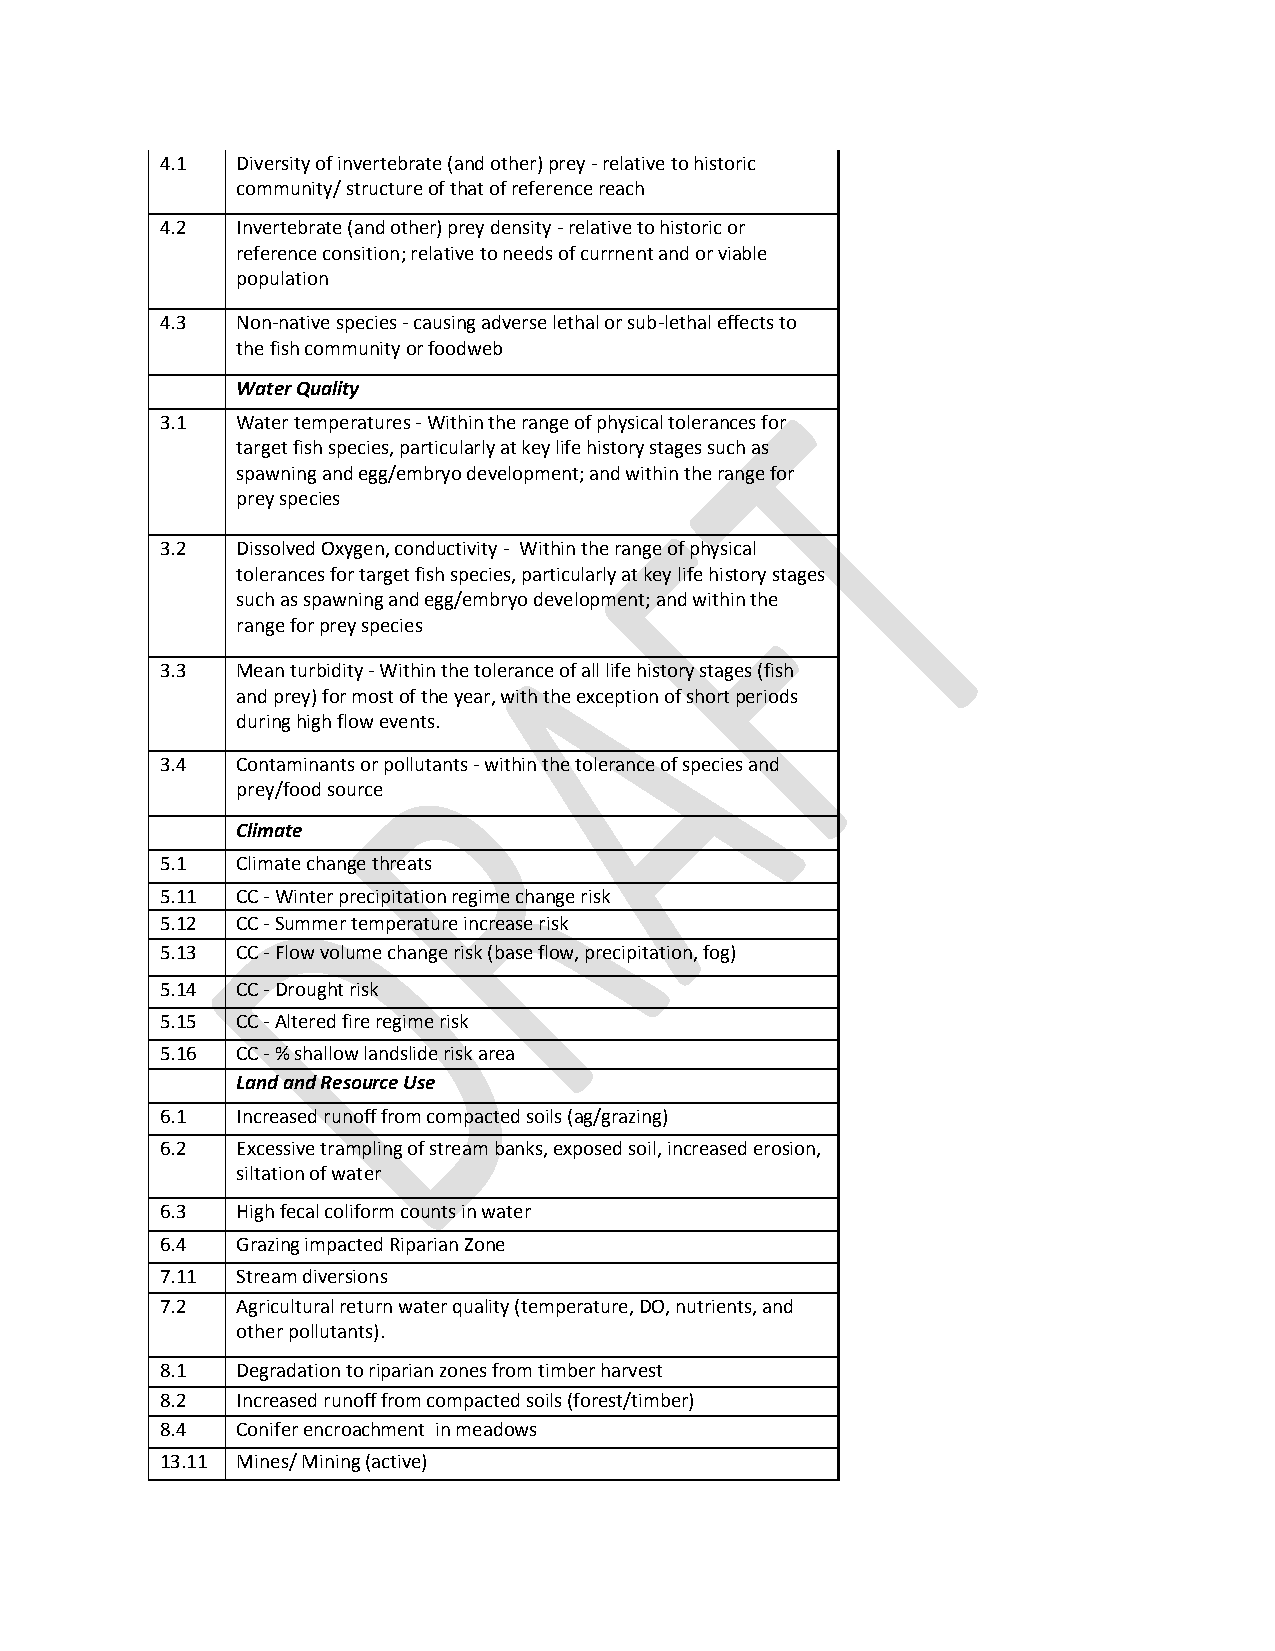
4.1  Diversity of invertebrate (and other) prey - relative to historic
 community/ structure of that of reference reach
 4.2  Invertebrate (and other) prey density - relative to historic or
 reference consition; relative to needs of currnent and or viable
 population
 4.3  Non-native species - causing adverse lethal or sub-lethal effects to
 the fish community or foodweb
 Water Quality
 3.1  Water temperatures - Within the range of physical tolerances for
 target fish species, particularly at key life history stages such as
 spawning and egg/embryo development; and within the range for
 prey species
 3.2  Dissolved Oxygen, conductivity - Within the range of physical
 tolerances for target fish species, particularly at key life history stages
 such as spawning and egg/embryo development; and within the
 range for prey species
 3.3  Mean turbidity - Within the tolerance of all life history stages (fish
 and prey) for most of the year, with the exception of short periods
 during high flow events.
 3.4  Contaminants or pollutants - within the tolerance of species and
 prey/food source
 Climate
 5.1  Climate change threats
 5.11 CC - Winter precipitation regime change risk
 5.12 CC - Summer temperature increase risk
 5.13 CC - Flow volume change risk (base flow, precipitation, fog)
 5.14 CC - Drought risk
 5.15 CC - Altered fire regime risk
 5.16 CC - % shallow landslide risk area
 Land and Resource Use
 6.1  Increased runoff from compacted soils (ag/grazing)
 6.2  Excessive trampling of stream banks, exposed soil, increased erosion,
 siltation of water
 6.3  High fecal coliform counts in water
 6.4  Grazing impacted Riparian Zone
 7.11 Stream diversions
 7.2  Agricultural return water quality (temperature, DO, nutrients, and
 other pollutants).
 8.1  Degradation to riparian zones from timber harvest
 8.2  Increased runoff from compacted soils (forest/timber)
 8.4  Conifer encroachment in meadows
 13.11 Mines/ Mining (active)